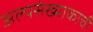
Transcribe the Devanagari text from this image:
अल्पसंख्याकाची